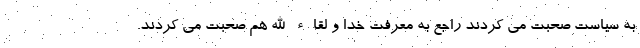
به سیاست صحبت می کردند راجع به معرفت خدا و لقاء الله هم صحبت می کردند.